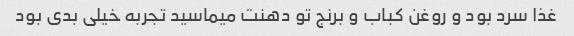
غذا سرد بود و روغن کباب و برنج تو دهنت میماسید تجربه خیلی بدی بود